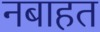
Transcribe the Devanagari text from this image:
नबाहत